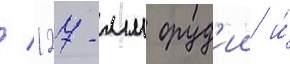
/ 127-мм оруд'ии и́